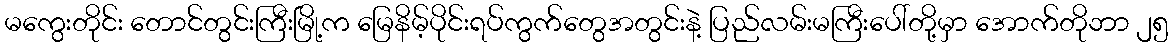
မကွေးတိုင်း တောင်တွင်းကြီးမြို့က မြေနိမ့်ပိုင်းရပ်ကွက်တွေအတွင်းနဲ့ ပြည်လမ်းမကြီးပေါ်တို့မှာ အောက်တိုဘာ ၂၅